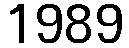
1989